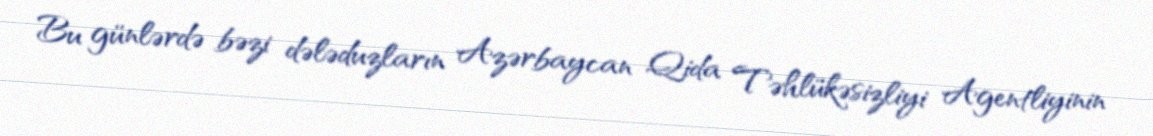
Bu günlərdə bəzi dələduzların Azərbaycan Qida Təhlükəsizliyi Agentliyinin